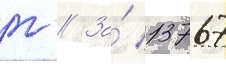
г // За́ 13767